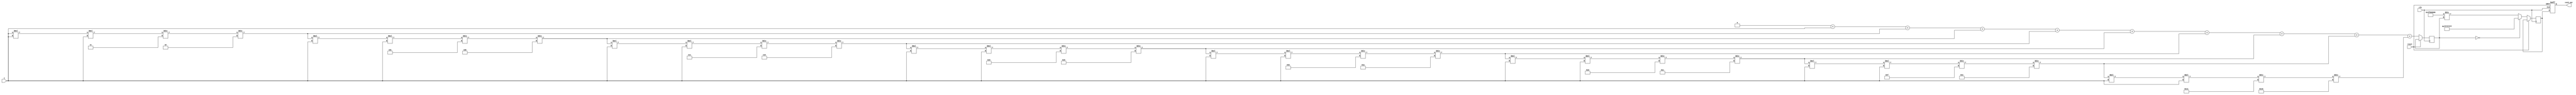
module hyperbolic_cosecant (
    input wire [31:0] x,          // Input signal (floating-point representation)
    output reg [31:0] csch_out,   // Output signal (csch(x))
    input wire clk,                // Clock signal
    input wire reset               // Reset signal
);

    // Internal signals
    reg [31:0] sinh_x;            // sinh(x) result
    reg valid;                    // Valid output flag
    reg [31:0] reciprocal;        // 1/sinh(x)

    // Function to calculate sinh(x) using Taylor series
    function [31:0] sinh;
        input [31:0] x;
        reg [31:0] term;
        reg [31:0] sum;
        integer i;
        begin
            sum = 32'b0;
            term = x; // First term is x
            for (i = 1; i < 10; i = i + 1) begin // 10 terms for approximation
                sum = sum + term;
                term = (term * x * x) / (2 * i + 1) / (2 * i); // Next term
            end
            sinh = sum;
        end
    endfunction

    // Function to calculate reciprocal
    function [31:0] reciprocal_func;
        input [31:0] value;
        begin
            if (value == 32'b0) begin
                reciprocal_func = 32'hFFFFFFFF; // Handle division by zero (NaN or Inf)
            end else begin
                reciprocal_func = (32'h3F800000 / value); // Simple division by 1 (using fixed-point representation)
            end
        end
    endfunction

    // Main computation block
    always @(posedge clk or posedge reset) begin
        if (reset) begin
            csch_out <= 32'b0;
            valid <= 1'b0;
        end else begin
            sinh_x <= sinh(x); // Calculate sinh(x)
            reciprocal <= reciprocal_func(sinh_x); // Calculate 1/sinh(x)
            csch_out <= reciprocal; // Output the result
            valid <= 1'b1; // Indicate valid output
        end
    end

endmodule